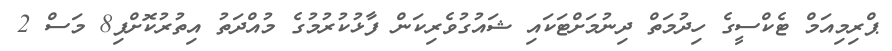
ޕްރިމިއަމް ޓެކްސީގެ ހިދުމަތް ދިނުމަށްޓަކައި ޝައުގުވެރިކަން ފާޅުކުރުމުގެ މުއްދަތު އިތުރުކޮށްފި8 މަސް 2